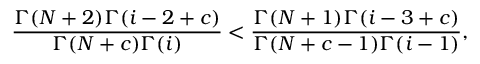
\frac { \Gamma ( N + 2 ) \Gamma ( i - 2 + c ) } { \Gamma ( N + c ) \Gamma ( i ) } < \frac { \Gamma ( N + 1 ) \Gamma ( i - 3 + c ) } { \Gamma ( N + c - 1 ) \Gamma ( i - 1 ) } ,